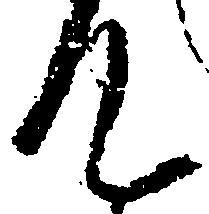
て